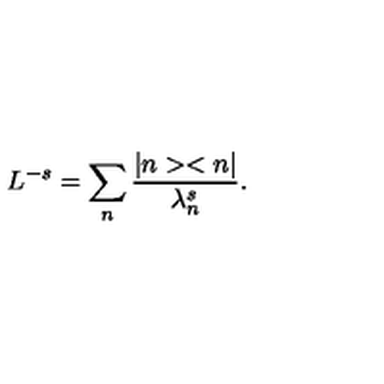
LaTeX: L ^ { - s } = \sum _ { n } \frac { \vert n > < n \vert } { \lambda _ { n } ^ { s } } .